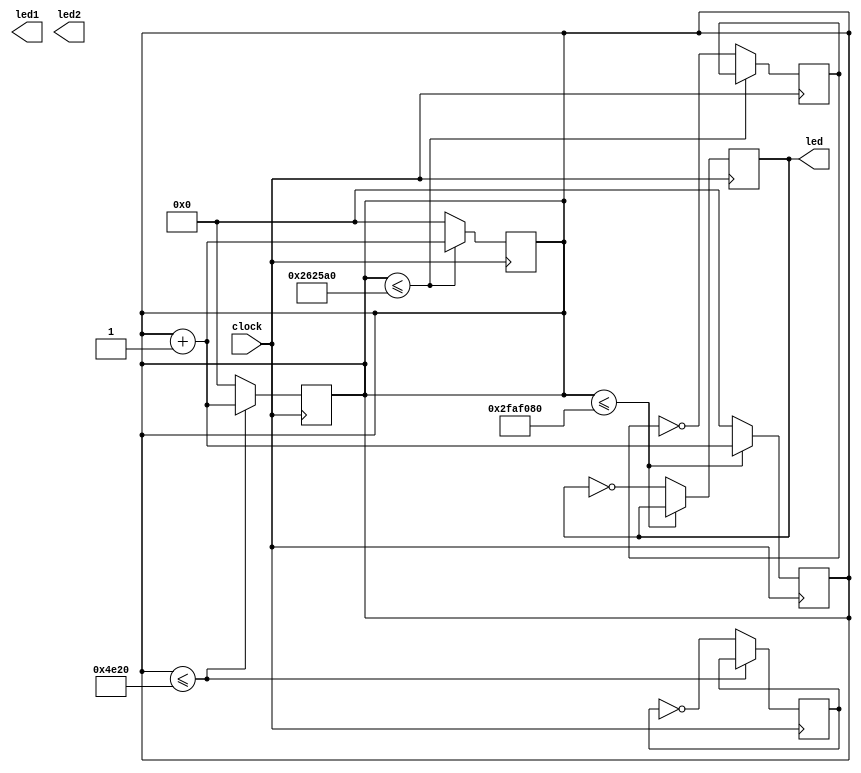
module blink1 (input clock, output reg [2:0] led, output reg [4:2] led1, output reg [8:4] led2);
    reg [31:0] counter; //32 bit counter 

    always @(posedge clock) begin
        if(counter <= 50000000) // will blink for 0.5 secs clock freq is 50MHz
        begin
            counter <= counter + 1;
        end
        else
        begin
            counter <= 0; // reset the counter 
            led[4:0] = ~led[4:0]; //opposite of the current logical inverse of each led assigned.
        end
    end
     always @(posedge clock) begin
        if(counter <= 2500000) // will blink for 0.025 secs clock freq is 50MHz
        begin
            counter <= counter + 1;
        end
        else
        begin
            counter <= 0; // reset the counter 
                led1[8:4] = ~led1[8:4];
        end
    end
     always @(posedge clock) begin
        if(counter <= 20000)
        begin
            counter <= counter + 1;
        end
        else
        begin
            counter <= 0; // reset the counter 
            led[4:2] = ~led[4:2]; //opposite of the current logical inverse of each led assigned.
        end
    end
endmodule